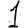
Digit: 1